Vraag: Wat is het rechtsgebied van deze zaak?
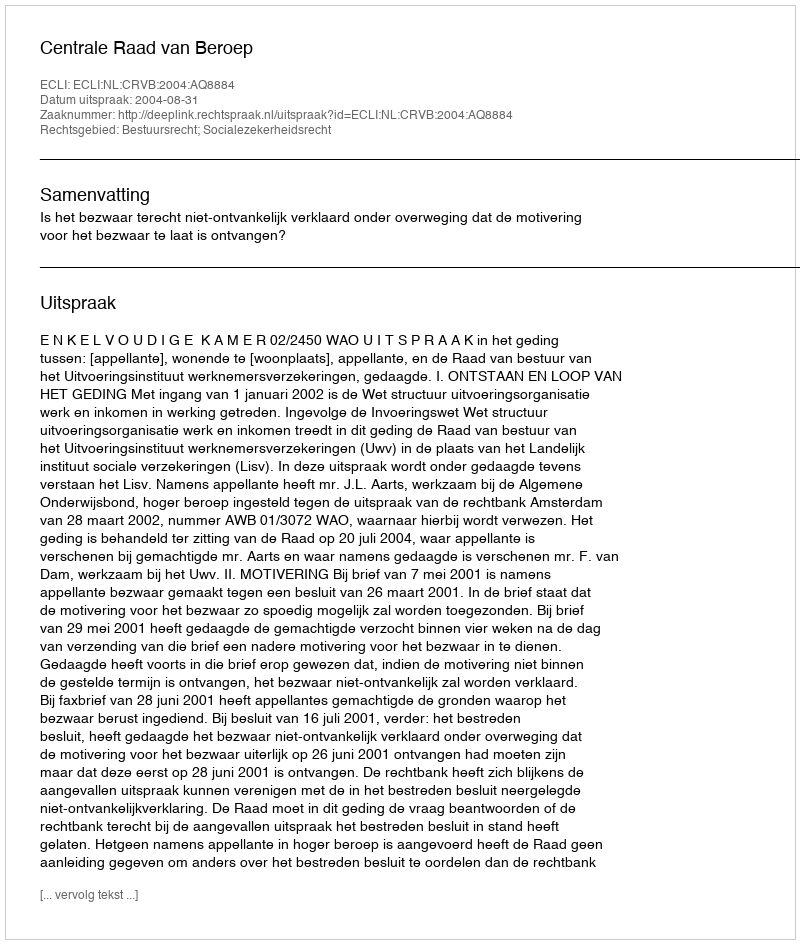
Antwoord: Bestuursrecht; Socialezekerheidsrecht